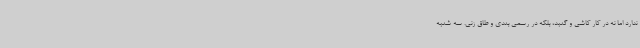
ندارد اما نه در کار کاشی و گنبد، بلکه در رسمی بندی و طاق زنی. سه شنبه